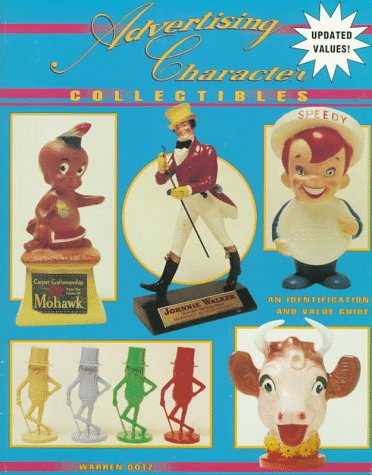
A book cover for Advertising Character Collectibles: An Identification and Value Guide; Warren Dotz; Crafts, Hobbies & Home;